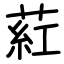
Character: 葒